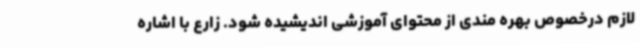
لازم درخصوص بهره مندی از محتوای آموزشی اندیشیده شود. زارع با اشاره